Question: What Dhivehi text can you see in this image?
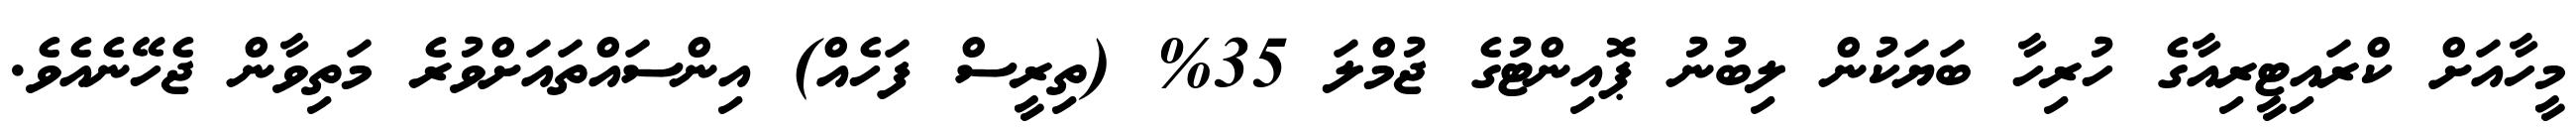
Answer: މީހާއަށް ކްރައިޓީރިއާގެ ހުރިހާ ބަޔަކުން ލިބުނު ޕޮއިންޓުގެ ޖުމްލަ 35% (ތިރީސް ފަހެއް) އިންސައްތައަށްވުރެ މަތިވާން ޖެހޭނެއެވެ.